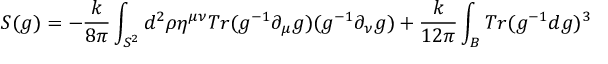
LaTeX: S ( g ) = - { \frac { k } { 8 \pi } } \int _ { S ^ { 2 } } d ^ { 2 } \rho \eta ^ { \mu \nu } T r ( g ^ { - 1 } \partial _ { \mu } g ) ( g ^ { - 1 } \partial _ { \nu } g ) + { \frac { k } { 1 2 \pi } } \int _ { B } T r ( g ^ { - 1 } d g ) ^ { 3 }